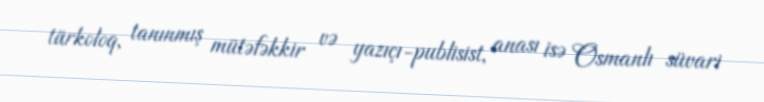
türkoloq, tanınmış mütəfəkkir və yazıçı-publisist, anası isə Osmanlı süvari